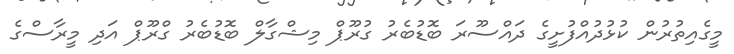
މީގެއިތުރުން ކުޅުދުއްފުށީގެ ދައްސޫރަ ބޮޑުބެރު ގުރޫޕް މިޝްގާލް ބޮޑުބެރު ގްރޫޕް އަދި މީރާސްގެ